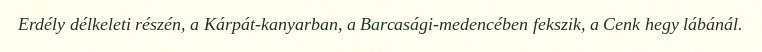
Erdély délkeleti részén, a Kárpát-kanyarban, a Barcasági-medencében fekszik, a Cenk hegy lábánál.